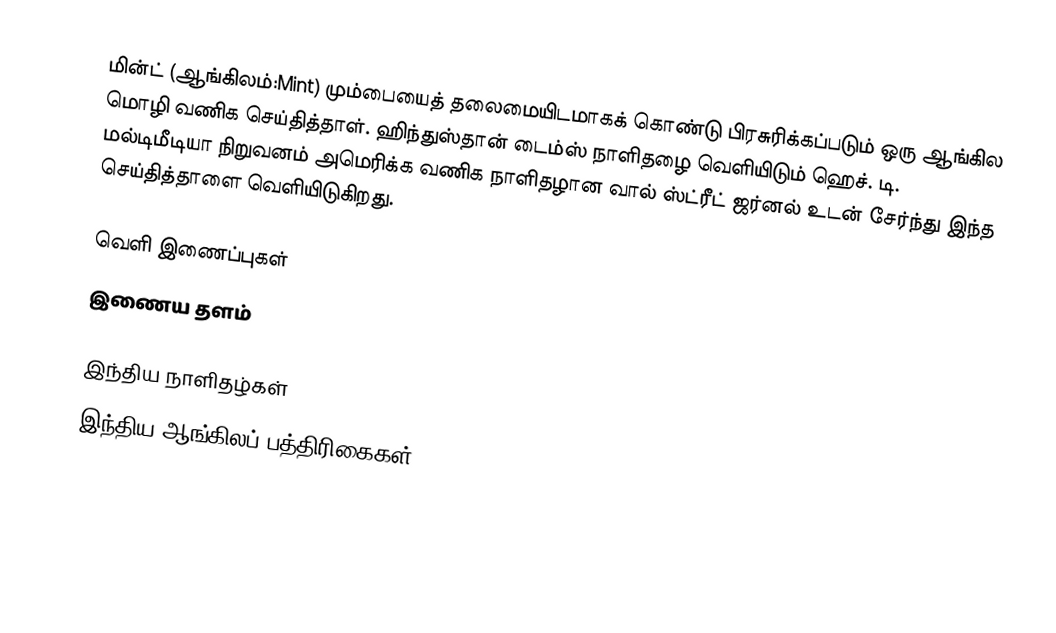
மின்ட் (ஆங்கிலம்:Mint) மும்பையைத் தலைமையிடமாகக் கொண்டு பிரசுரிக்கப்படும் ஒரு ஆங்கில மொழி வணிக செய்தித்தாள். ஹிந்துஸ்தான் டைம்ஸ் நாளிதழை வெளியிடும் ஹெச். டி. மல்டிமீடியா நிறுவனம் அமெரிக்க வணிக நாளிதழான வால் ஸ்ட்ரீட் ஜர்னல் உடன் சேர்ந்து இந்த செய்தித்தாளை வெளியிடுகிறது.

வெளி இணைப்புகள்
  இணைய தளம்

இந்திய நாளிதழ்கள்
இந்திய ஆங்கிலப் பத்திரிகைகள்